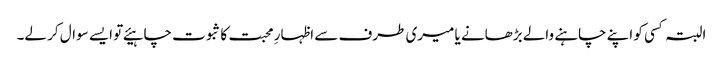
البتہ کسی کو اپنے چاہنے والے بڑھانے یا میری طرف سے اظہارِ محبت کا ثبوت چاہیئے تو ایسے سوال کر لے۔